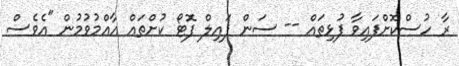
ރާ ހުސްކޮށްފައިވާ ފުޅިތައް -- ސަން ފައިލް ފޮޓޯ ކުށްތައް އާއްމުވުމުން "އެވެސް